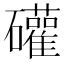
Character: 礶